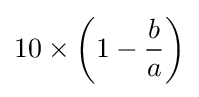
10\times \left(1-{\frac {b}{a}}\right)